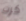
كرت